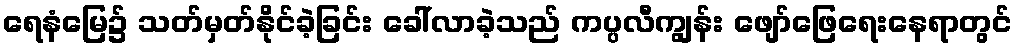
ရေနံမြေ၌ သတ်မှတ်နိုင်ခဲ့ခြင်း ခေါ်လာခဲ့သည် ကပ္ပလီကျွန်း ဖျော်ဖြေရေးနေရာတွင်